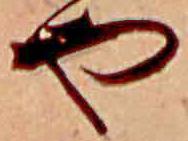
や